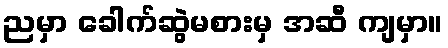
ညမှာ ခေါက်ဆွဲမစားမှ အဆီ ကျမှာ။